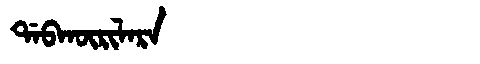
Manchu: ᡩᠠᠪᡴᡡᡵᡳᠯᠠᡵᠠ
Romanization: DABKŪRILARA